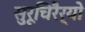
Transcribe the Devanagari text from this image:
सुरूचिरैर्यो